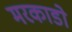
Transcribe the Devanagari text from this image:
मरकाडो